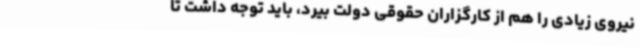
نیروی زیادی را هم از کارگزاران حقوقی دولت بیرد، باید توجه داشت تا